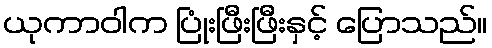
ယုကာဝါက ပြုံးဖြီးဖြီးနှင့် ပြောသည်။